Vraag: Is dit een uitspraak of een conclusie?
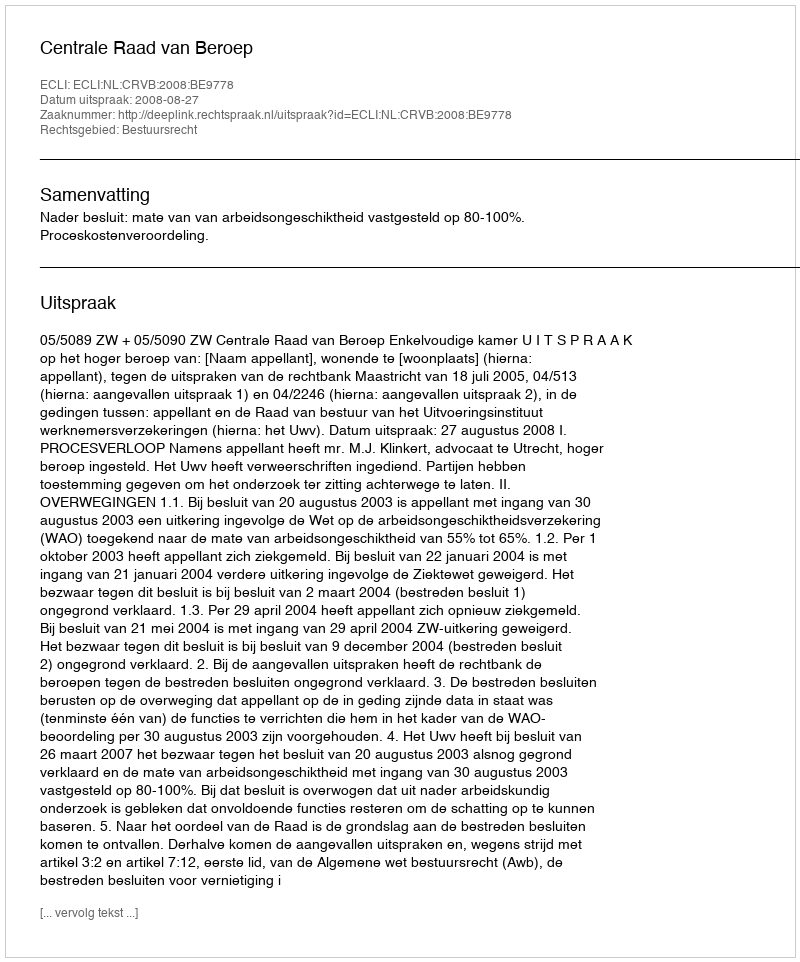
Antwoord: Uitspraak